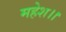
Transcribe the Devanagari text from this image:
महेश।।